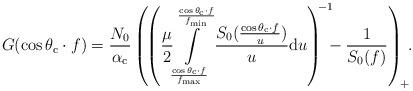
LaTeX: \begin{align*}G(\cos \theta_{\rm c} \cdot f)= \frac{N_0}{\alpha_{\rm c}} \left( \! \left( \frac{\mu}{2} \! \int\limits_{\frac{\cos \theta_{\rm c} \cdot f}{f_{\rm max}}}^{\frac{\cos \theta_{\rm c} \cdot f}{f_{\rm min}}} \frac{S_0(\frac{\cos \theta_{\rm c} \cdot f}{u})}{u} {\rm d}u \right)^{\!\!-1} \!\!\! - \frac{1}{S_0(f)} \right)_{\!+}\!\!.\end{align*}